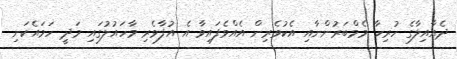
ދެއާއިލާގެ ހުރިހާ މެމްބަރުންނާއި އެކުވެރިން އެއްވެފައިވާ އެ އުފާވެރި މާހައުލުގައި މަދީ ހަމައެކަނި